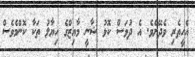
އެހީތެރި ވެދޭށެވެ. އެ ދުވަސް ކޮޅު ޝާނީ މާއިޒްގެ ހިޔާލު ތަކާ ކޮންމެވެސް